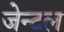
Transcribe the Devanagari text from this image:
जेन्टल